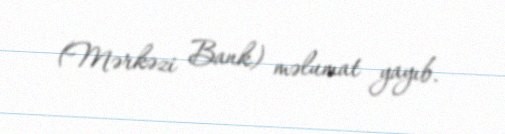
(Mərkəzi Bank) məlumat yayıb.